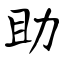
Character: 助